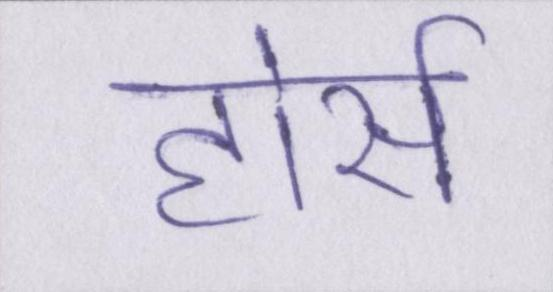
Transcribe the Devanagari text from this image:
होर्स